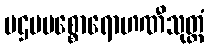
ပဌမပစ္စောရောဟဏီသုတ္တံ